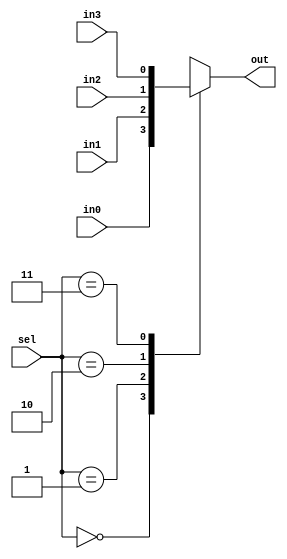
/*
 *  Behavioral Style Verilog Code
 *  4-to-1 Multiplexer
 *  4 x 1bit input, 2-bits selection, out: 1bit
 */

module bh_4to1_mux(out, in0, in1, in2, in3, sel);
    output out;
    input  in0, in1, in2, in3;
    input  [1:0] sel;

    // register type 'out' should be declared for assignment
    reg    out;

    always @ (sel or in0 or in1 or in2 or in3) begin
         // out is assigned with case statements
         case (sel)
              2'b00: out = in0;
              2'b01: out = in1;
              2'b10: out = in2;
              2'b11: out = in3;
              
              // don't care for unexpected input
              default: out = 1'bx;
         endcase
    end
endmodule